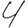
Digit: 4